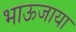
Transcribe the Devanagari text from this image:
भाऊजाया